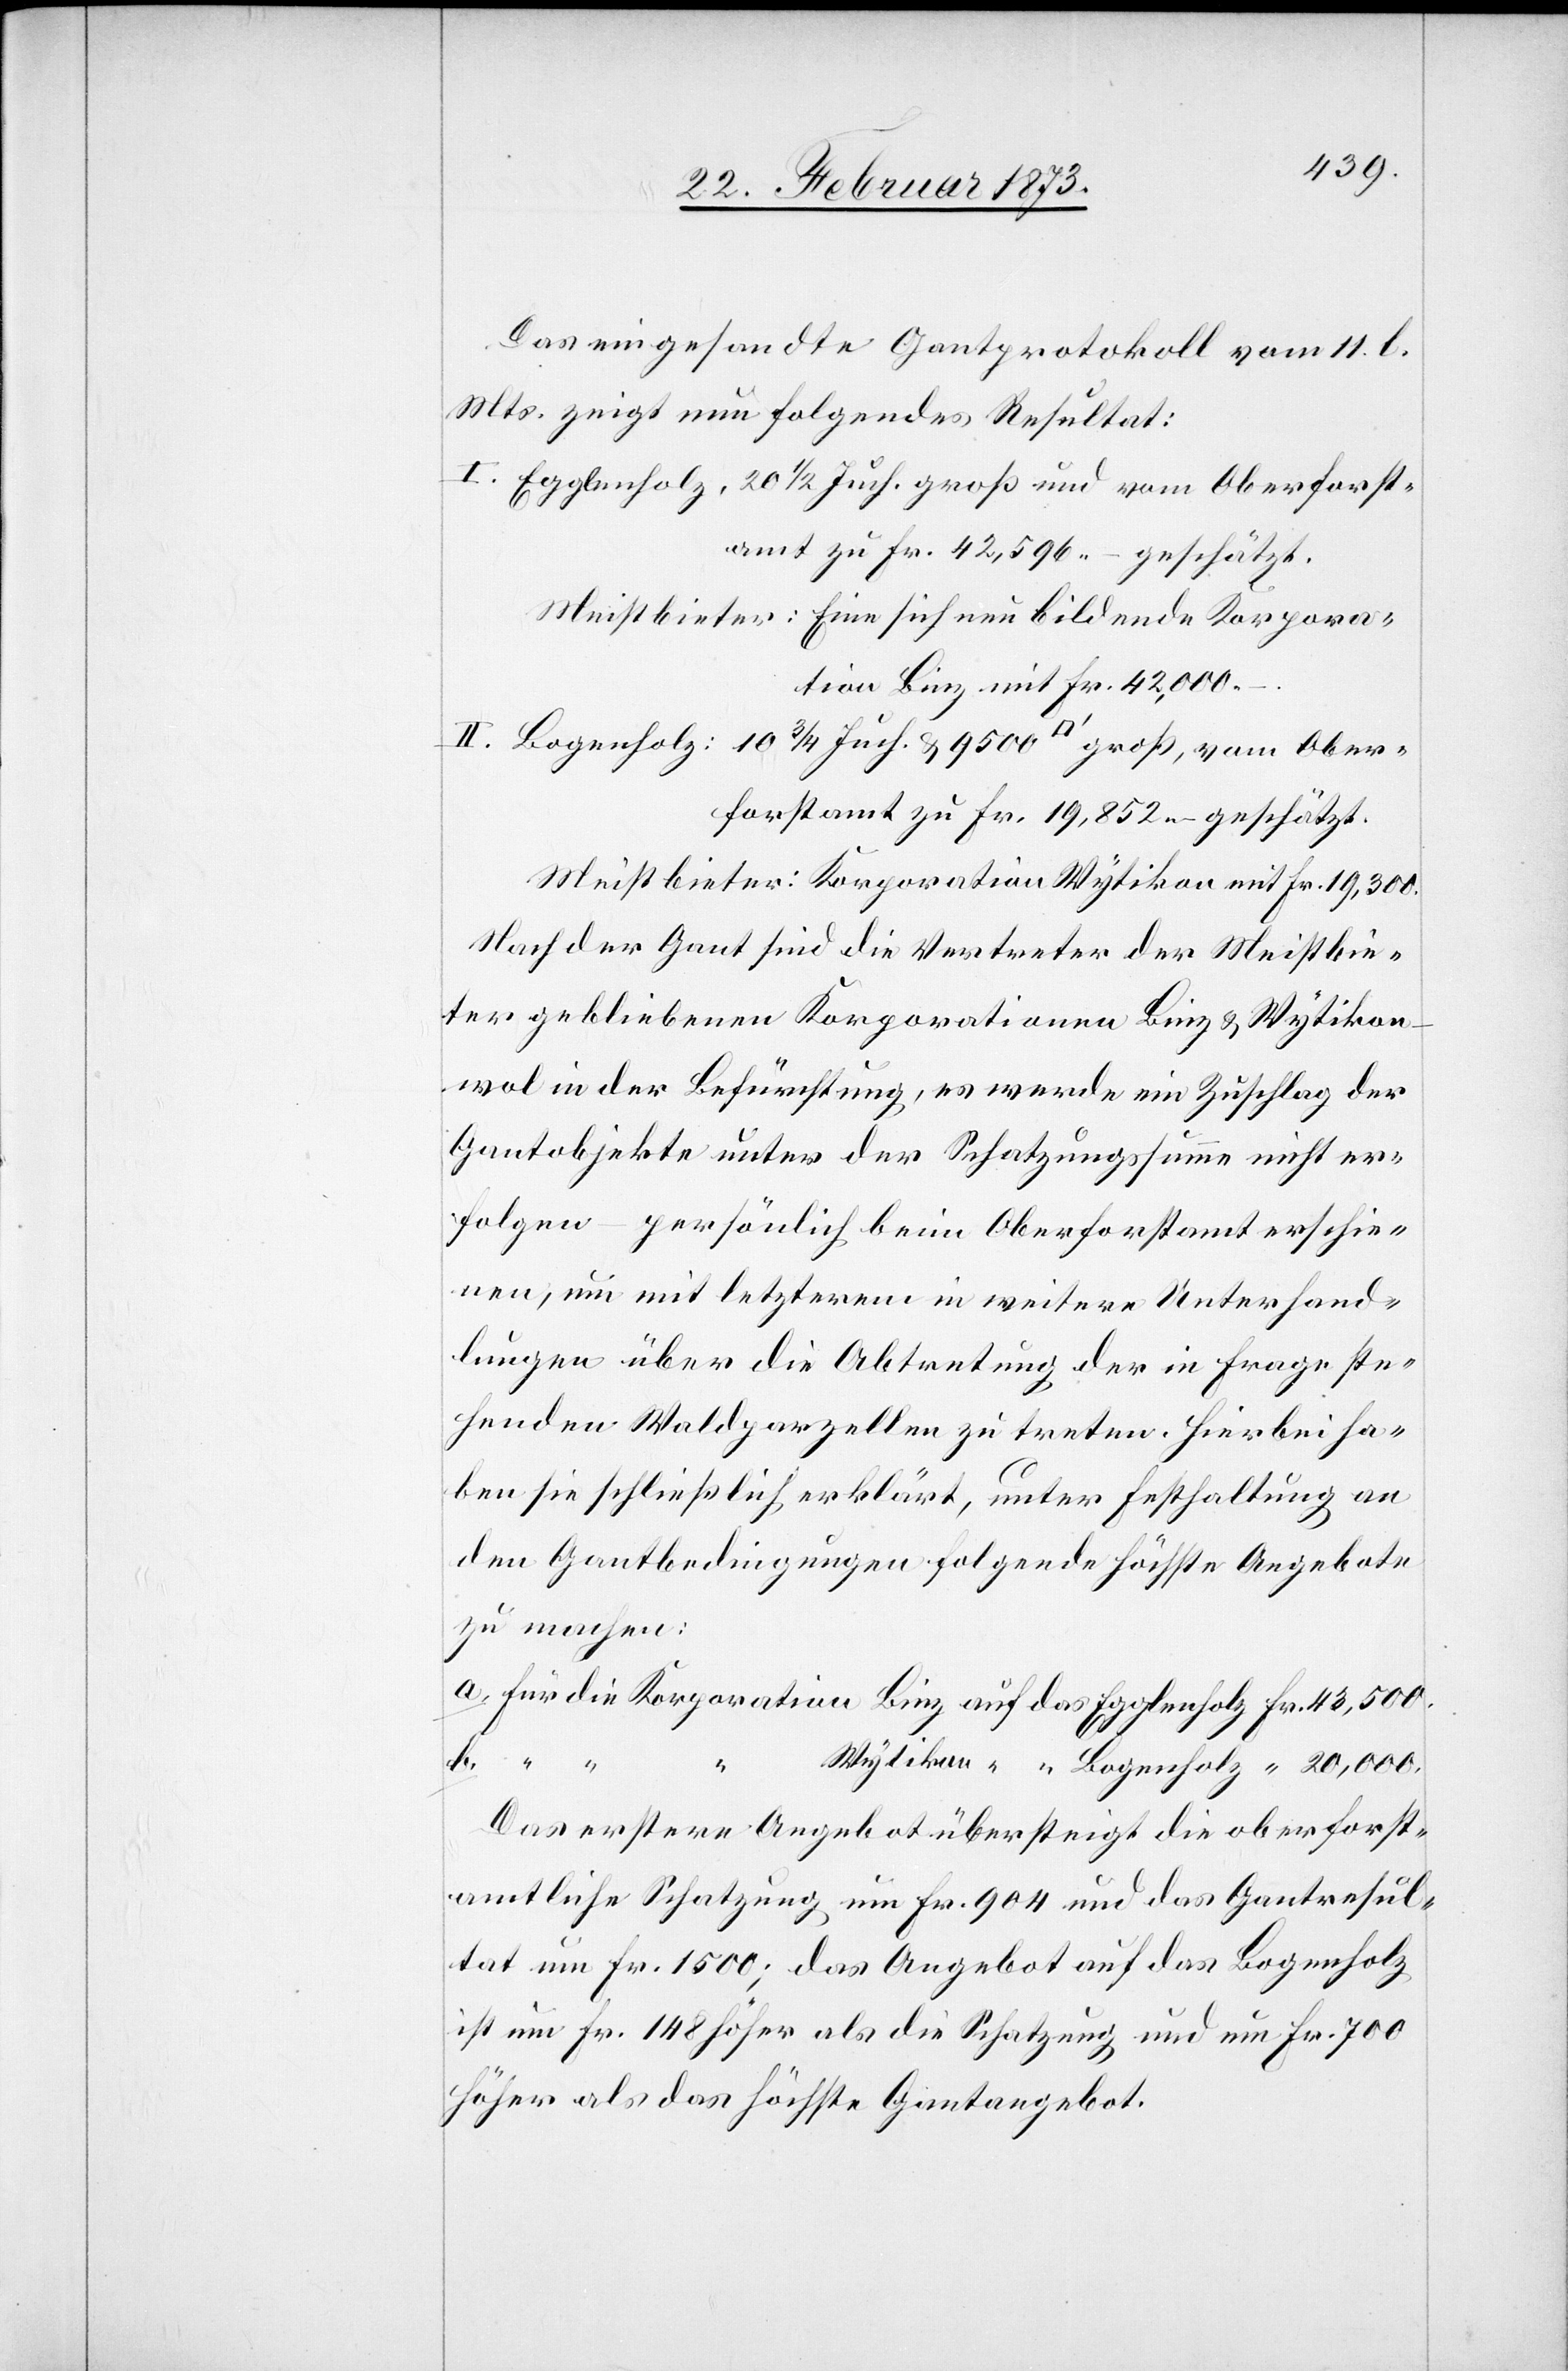
Das eingesandte Gantprotokoll vom 11. l.
Mts. zeigt nun folgendes Resultat:
I. Egglenholz: 20 1/2 Juch. groß und vom Oberforst¬
amt zu Fr. 42,596.- geschätzt.
Meistbieter: Eine sich neu bildende Korpora¬
tion Binz mit Fr. 42,000.-.
II. Bogenholz: 10 3/4 Juch. u. 9500 [Quadratfuss] groß, vom Ober¬
forstamt zu Fr. 19,852.- geschätzt.
Meistbieter: Korporation Wytikon mit Fr. 19,300.
Nach der Gant sind die Vertreter der Meistbie¬
ter gebliebenen Korporationen Binz u. Wytikon
wol in der Befürchtung, es werde ein Zuschlag der
Gantobjekte unter der Schatzungssumme nicht er¬
folgen – persönlich beim Oberforstamt erschie¬
nen, um mit letzterem in weitere Unterhand¬
lungen über die Abtretung der in Frage ste¬
henden Waldparzellen zu treten. hierbei ha¬
ben sie schließlich erklärt, unter Festhaltung an
den Gantbedingungen folgende höchste Angebote
zu machen:
a. für die Korporation Binz auf das Egglenholz Fr. 43,500.
b.
“
Wytikon “ “ Bogenholz “ 20,000.
Das erstere Angebot übersteigt die oberforst¬
amtliche Schatzung um Fr. 904 und das Gantresul¬
tat um Fr. 1500; das Angebot auf das Bogenholz
ist um Fr. 148 höher als die Schatzung und um Fr. 700
höher als das höchste Gantangebot.